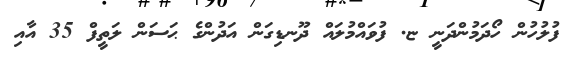
ފުލުހުން ހޯދަމުންދަނީ ޏ. ފުވައްމުލައް ދޫނޑިގަން އަދުންގެ ޙަސަން ލަތީފް 35 އާއި